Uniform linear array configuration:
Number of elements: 16
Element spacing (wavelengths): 0.5
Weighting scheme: uniform
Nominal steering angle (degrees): -30
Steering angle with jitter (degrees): -29.88
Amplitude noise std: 0.05
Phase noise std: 0.05

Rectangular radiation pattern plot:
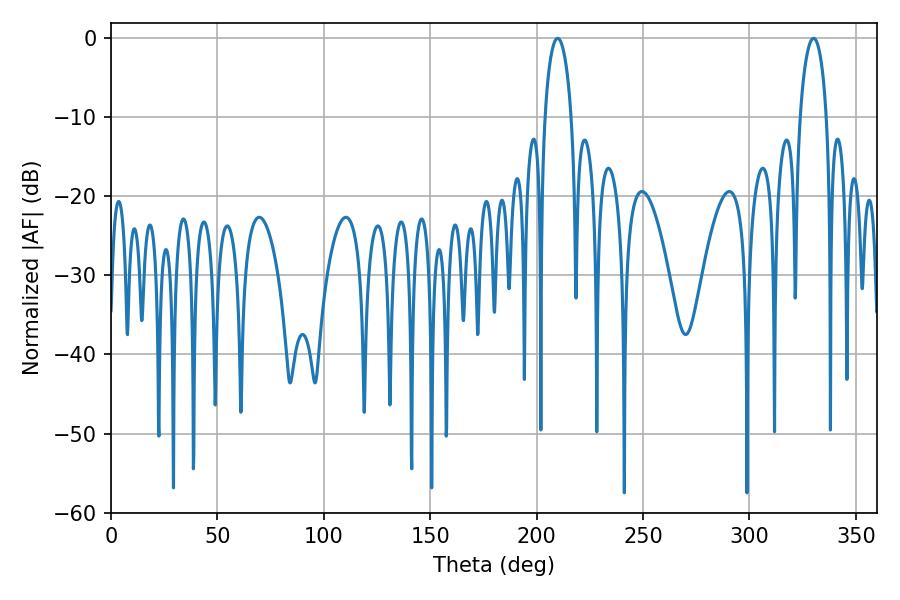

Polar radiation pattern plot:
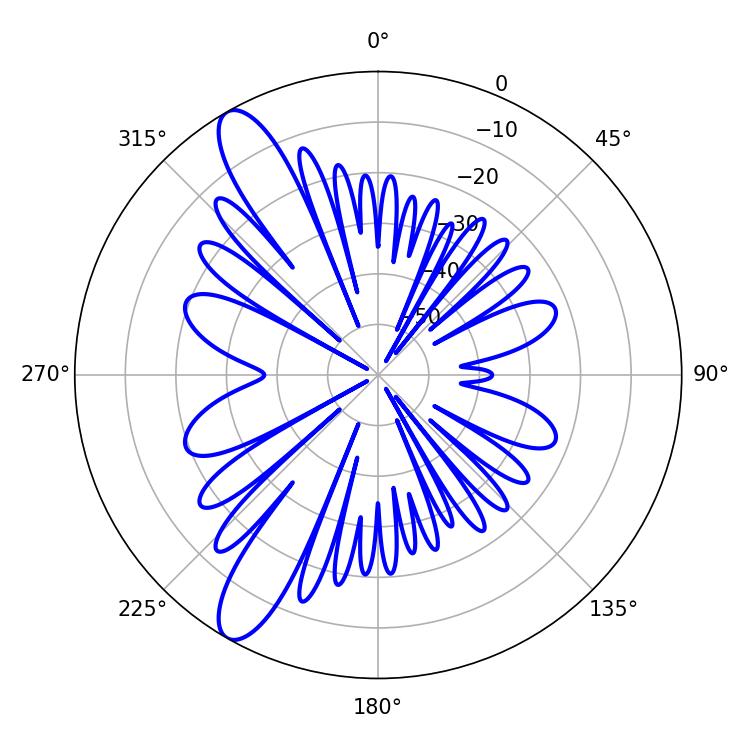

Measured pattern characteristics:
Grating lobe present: FALSE
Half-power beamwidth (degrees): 7.02
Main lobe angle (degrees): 209.88